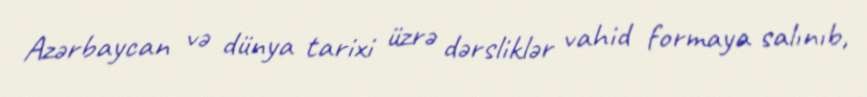
Azərbaycan və dünya tarixi üzrə dərsliklər vahid formaya salınıb,